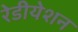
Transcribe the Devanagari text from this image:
रेडीयेशन